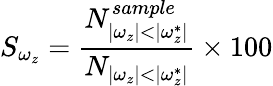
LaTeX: \displaystyle S_{\omega_{z}}=\frac{N_{|\omega_{z}|<|\omega_{z}^{*}|}^{sample}}{N_{|\omega_{z}|<|\omega_{z}^{*}|}}\times 100